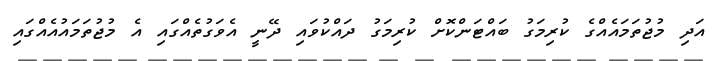
އަދި މުޖުތަމައެއްގެ ކުރިމަގު ބައްޓަންކޮށް ކުރިމަގު ދައްކުވައި ދޭނީ އެވަގުތެއްގައި އެ މުޖުތަމައުއެއްގައި